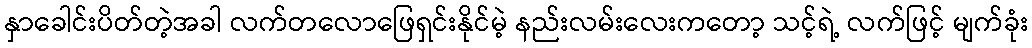
နှာခေါင်းပိတ်တဲ့အခါ လက်တလောဖြေရှင်းနိုင်မဲ့ နည်းလမ်းလေးကတော့ သင့်ရဲ့ လက်ဖြင့် မျက်ခုံး